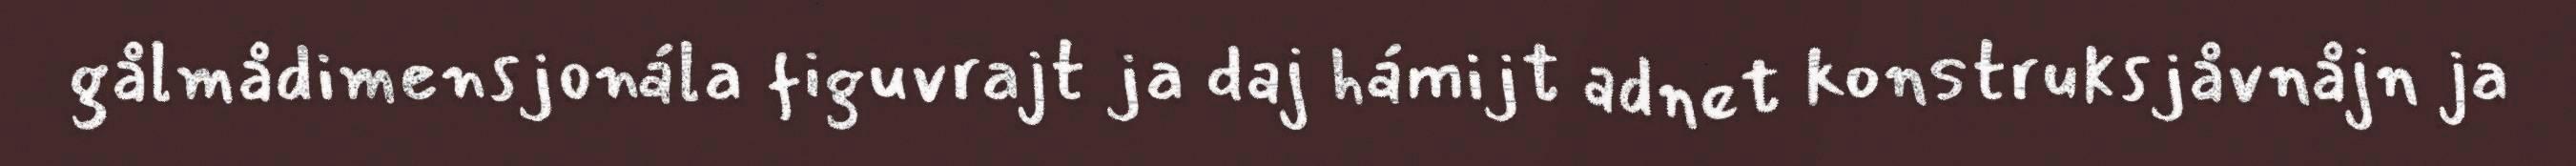
gålmådimensjonála figuvrajt ja daj hámijt adnet konstruksjåvnåjn ja